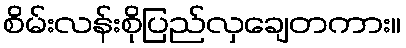
စိမ်းလန်းစိုပြည်လှချေတကား။